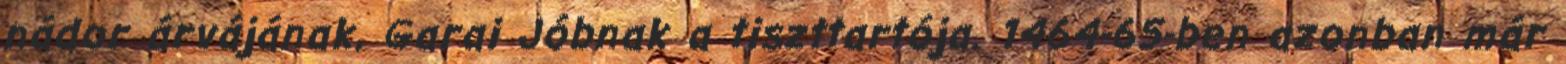
nádor árvájának, Garai Jóbnak a tiszttartója. 1464-65-ben azonban már